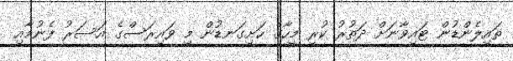
ތައިލެންޑުން ޓައިވާނަށް ދަތުރު ކުރި މީހާގެ ހަށިގަނޑުން މި ވައިރަސްގެ އަސަރު ފެނުމާއި